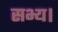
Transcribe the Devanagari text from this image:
सभ्य।